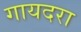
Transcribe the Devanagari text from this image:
गायदरा